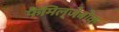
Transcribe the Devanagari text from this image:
फैमिल्जेबोक